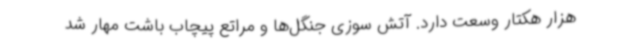
هزار هکتار وسعت دارد. آتش سوزی جنگل‌ها و مراتع پیچاب باشت مهار شد